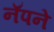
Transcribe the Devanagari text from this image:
नॅपने